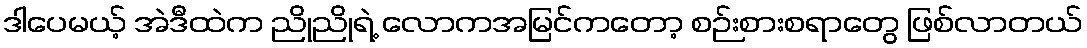
ဒါပေမယ့် အဲဒီထဲက ညိုညိုရဲ့ လောကအမြင်ကတော့ စဉ်းစားစရာတွေ ဖြစ်လာတယ်